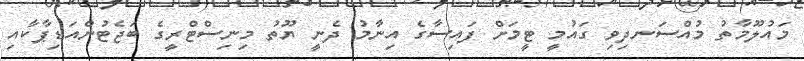
މައުލޫމާތު މުއްސަނދިވި ގައުމީ ޓީމަށް ފައިސާގެ އިނާމު ދެނީ ޔޫތު މިނިސްޓްރީގެ ބަޖެޓުންއަޑިޕާކާއި